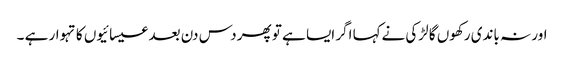
اور نہ باندی رکھوں گا لڑکی نےکہا اگر ایسا ہے تو پھر دس دن بعد عیسائیوں کا تہوار ہے ۔